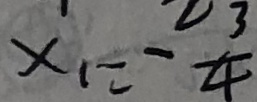
x _ { 1 } = - \frac { 2 3 } { 4 }